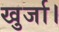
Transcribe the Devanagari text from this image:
खुर्जा।